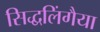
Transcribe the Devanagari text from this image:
सिद्धलिंगैया